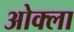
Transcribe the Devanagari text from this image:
ओक्ला